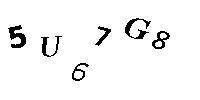
5U67G8